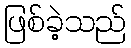
ဖြစ်ခဲ့သည်